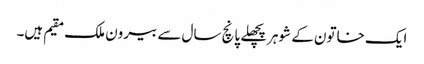
ایک خاتون کے شوہرپچھلے پانچ سال سے بیرون ملک مقیم ہیں۔